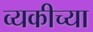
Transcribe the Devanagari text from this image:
व्यकीच्या